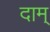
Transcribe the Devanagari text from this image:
दाम्